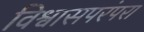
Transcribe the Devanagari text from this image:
विश्वासपरंपरा